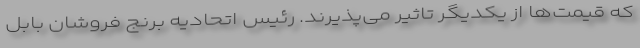
که قیمت‌ها از یکدیگر تاثیر می‌پذیرند. رئیس اتحادیه برنج فروشان بابل